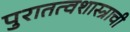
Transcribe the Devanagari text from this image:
पुरातत्वशास्त्राची